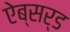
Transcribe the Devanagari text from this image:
ऐब्सर्ड